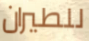
للطيران